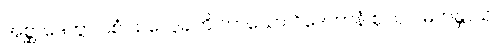
အစ္ဆာဒေတွာ ပစံ သလ္လေခါတိ ကာသော ဝိဒေဟာနံ ဈလပ မဟန္တာယ